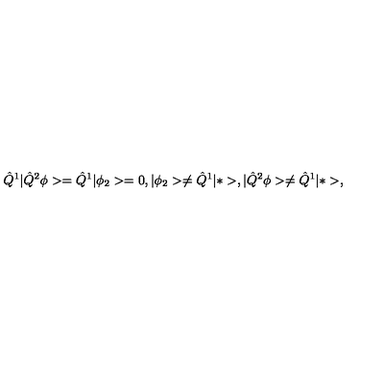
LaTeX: \hat { Q } ^ { 1 } | \hat { Q } ^ { 2 } \phi > = \hat { Q } ^ { 1 } | \phi _ { 2 } > = 0 , | \phi _ { 2 } > \neq \hat { Q } ^ { 1 } | * > , | \hat { Q } ^ { 2 } \phi > \neq \hat { Q } ^ { 1 } | * > ,